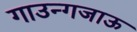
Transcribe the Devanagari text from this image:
गाउन्गजाऊ